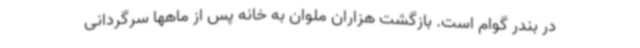
در بندر گوام است. بازگشت هزاران ملوان به خانه پس از ماهها سرگردانی